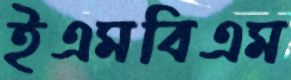
ইএমবিএম